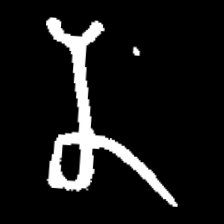
Pyu character \u2014 Myanmar letter: န (romanized: na)